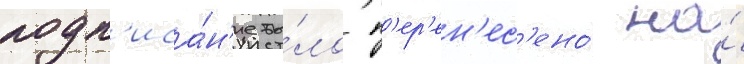
подп'иса́н'ие бы́ло п'ер'ен'ес'ено́ на́